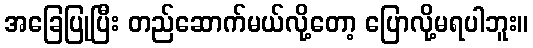
အခြေပြုပြီး တည်ဆောက်မယ်လို့တော့ ပြောလို့မရပါဘူး။